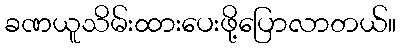
ခဏယူသိမ်းထားပေးဖို့ပြောလာတယ်။